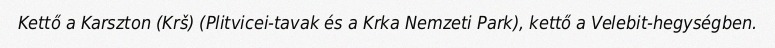
Kettő a Karszton (Krš) (Plitvicei-tavak és a Krka Nemzeti Park), kettő a Velebit-hegységben.